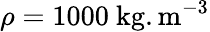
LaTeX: \rho=1000~\mathrm{kg.m^{-3}}